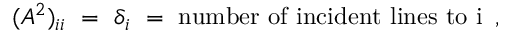
( A ^ { 2 } ) _ { i i } ~ = ~ \delta _ { i } ~ = ~ \mathrm { n u m b e r ~ o f ~ i n c i d e n t ~ l i n e s ~ t o ~ i ~ } \, ,